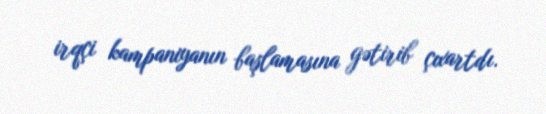
irqçi kampaniyanın başlamasına gətirib çıxartdı.